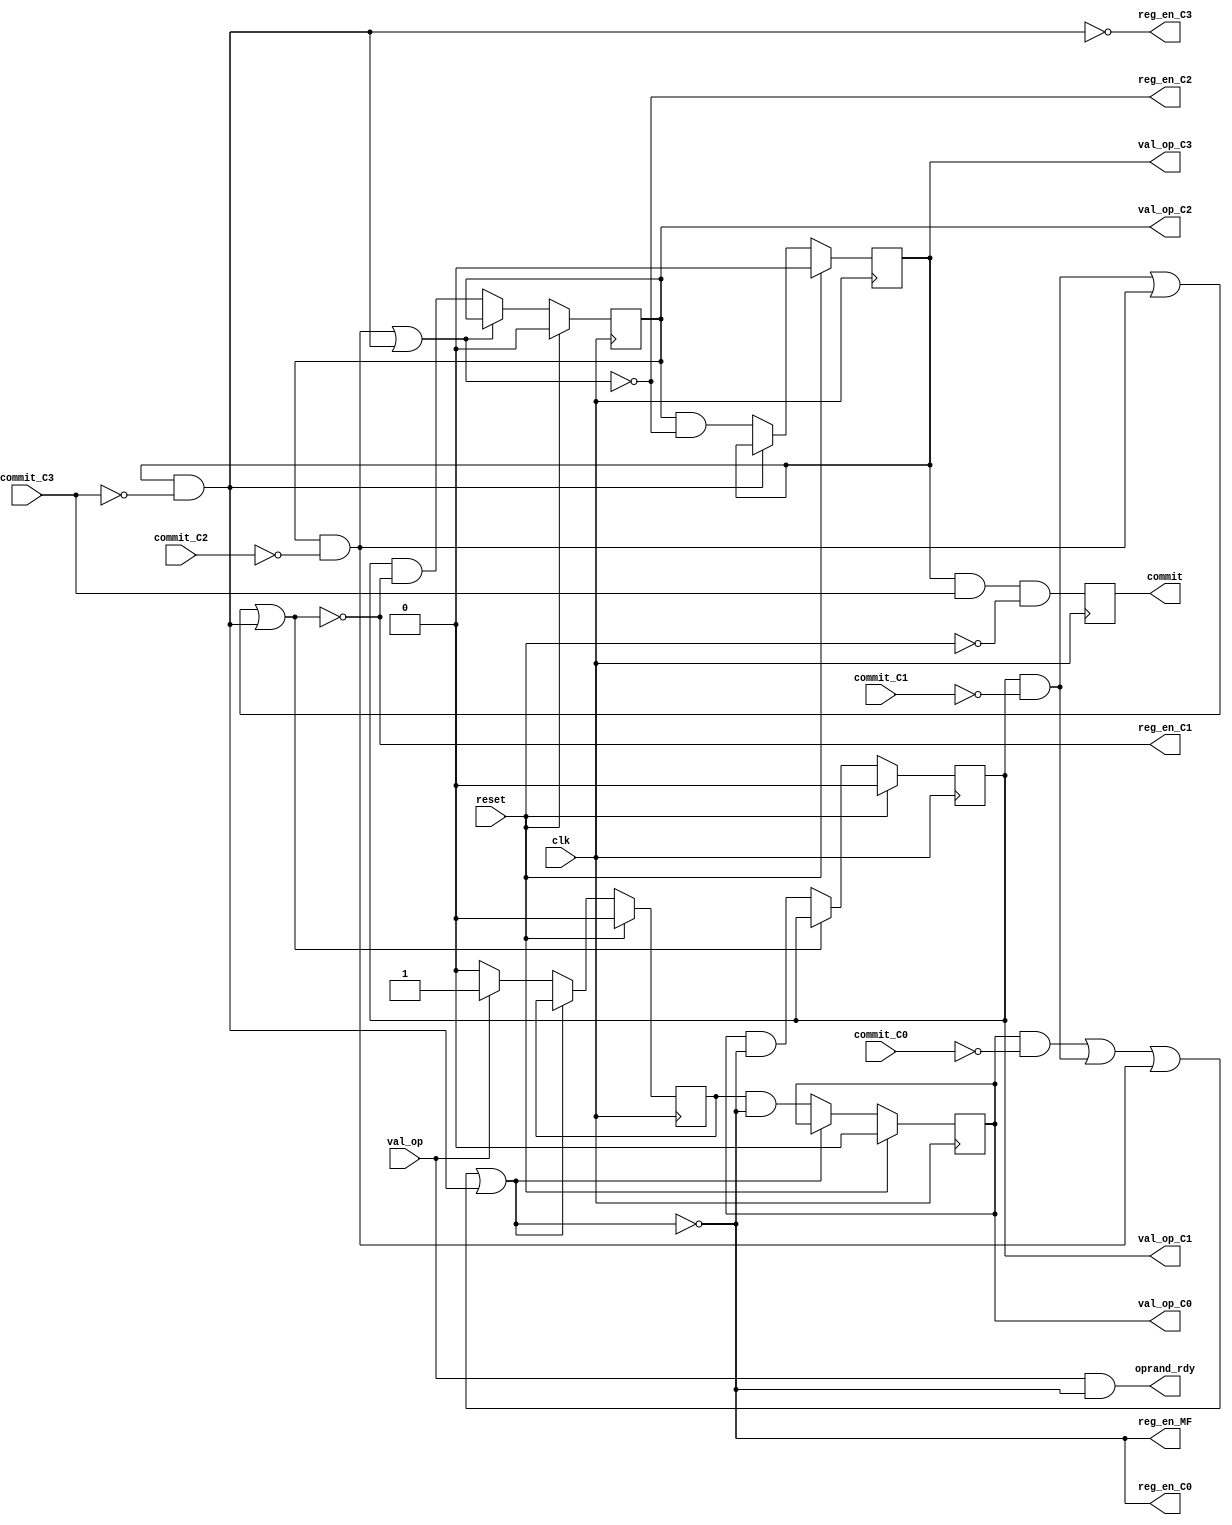
`timescale 1ns / 1ps
//////////////////////////////////////////////////////////////////////////////////
// Company: 
// Engineer: 
// 
// Design Name: 
// Module Name:    PipeIntMul_ctrl 
// Project Name: 
// Target Devices: 
// Tool versions: 
// Description: 
//
// Dependencies: 
//
// Revision: 
// Revision 0.01 - File Created
// Additional Comments: 
//
//////////////////////////////////////////////////////////////////////////////////
module PipeIntMul_ctrl(
	input clk,
	input reset,
	
	input val_op,
  output oprand_rdy,
	output commit,
	
	output reg_en_MF,
	output reg_en_C0,
	output reg_en_C1,
	output reg_en_C2,
	output reg_en_C3,
	
	output val_op_C0,
	output val_op_C1,
	output val_op_C2,
	output val_op_C3,
	
	input commit_C0,
	input commit_C1,
	input commit_C2,
	input commit_C3
   );
	
	//------------------------------------------------
	// stage MF
	//------------------------------------------------
	reg val_MF;
	reg stall_MF;
  //reg oprand_rdy_REG;
 
	
	// NV
	reg next_val_C0;
	always @* 
		next_val_C0 = val_MF && !(stall_MF);
	// VI
	always @(posedge clk) 
		if (reset == 1'b1)
			val_MF <= 1'b0;
		else if (stall_MF == 1'b1)
			val_MF <= val_MF;
		else if (val_op == 1'b1)
			val_MF <= 1'b1;
		else
			val_MF <= 1'b0;
	// OS
	localparam ostall_MF = 1'b0;
	// RE
	assign reg_en_MF = !(stall_MF);
  // val-rdy interface
  assign oprand_rdy = val_op && (!stall_MF);
	
	//------------------------------------------------
	// stage C0
	//------------------------------------------------
	reg val_C0;
	reg stall_C0;
	reg ostall_C0;
	// NV
	reg next_val_C1;
	always @* 
		next_val_C1 = val_C0 && !(stall_C0);
	// VI
	always @(posedge clk) 
		if (reset == 1'b1)
			val_C0 <= 1'b0;
		else if (stall_C0 == 1'b1)
			val_C0 <= val_C0;
		else
			val_C0 <= next_val_C0;
	// OS
	always @* ostall_C0 = val_C0 && !(commit_C0);
	// IFC
	assign val_op_C0 = val_C0;
	// RE
	assign reg_en_C0 = !(stall_C0);
	
	//------------------------------------------------
	// stage C1
	//------------------------------------------------
	reg val_C1;
	reg stall_C1;
	reg ostall_C1;
	// NV
	reg next_val_C2;
	always @* 
		next_val_C2 = val_C1 && !(stall_C1);
	// VI
	always @(posedge clk) 
		if (reset == 1'b1)
			val_C1 <= 1'b0;
		else if (stall_C1 == 1'b1)
			val_C1 <= val_C1;
		else
			val_C1 <= next_val_C1;
	// OS
	always @* ostall_C1 = val_C1 && !(commit_C1);
	// IFC
	assign val_op_C1 = val_C1;
	// RE
	assign reg_en_C1 = !(stall_C1);
	
	//------------------------------------------------
	// stage C2
	//------------------------------------------------
	reg val_C2;
	reg stall_C2;
	reg ostall_C2;
	// NV
	reg next_val_C3;
	always @* 
		next_val_C3 = val_C2 && !(stall_C2);
	// VI
	always @(posedge clk) 
		if (reset == 1'b1)
			val_C2 <= 1'b0;
		else if (stall_C2 == 1'b1)
			val_C2 <= val_C2;
		else
			val_C2 <= next_val_C2;
	// OS
	always @* ostall_C2 = val_C2 && !(commit_C2);
	// IFC
	assign val_op_C2 = val_C2;
	// RE
	assign reg_en_C2 = !(stall_C2);
	
	//------------------------------------------------
	// stage C3
	//------------------------------------------------
	reg val_C3;
	reg stall_C3;
	reg ostall_C3;
	// VI
	always @(posedge clk) 
		if (reset == 1'b1)
			val_C3 <= 1'b0;
		else if (stall_C3 == 1'b1)
			val_C3 <= val_C3;
		else
			val_C3 <= next_val_C3;
	// OS
	always @* ostall_C3 = val_C3 && !(commit_C3);
	// IFC
	assign val_op_C3 = val_C3;
	// RE
	assign reg_en_C3 = !(stall_C3);
	
	//------------------------------------------------
	// stage MP
	//------------------------------------------------
	reg commit_REG;
	always @(posedge clk) commit_REG <= val_C3 && commit_C3 && (!reset);
	assign commit = commit_REG;
	
	//------------------------------------------------
	// stall arbiter (scoreboard)
	//------------------------------------------------
	always @* stall_C3 = ostall_C3;
	always @* stall_C2 = ostall_C2 || ostall_C3;
	always @* stall_C1 = ostall_C1 || ostall_C2 || ostall_C3;
	always @* stall_C0 = ostall_C0 || ostall_C1 || ostall_C2 || ostall_C3;
	always @* stall_MF = ostall_MF || ostall_C0 || ostall_C1 || ostall_C2 || ostall_C3;
	


endmodule